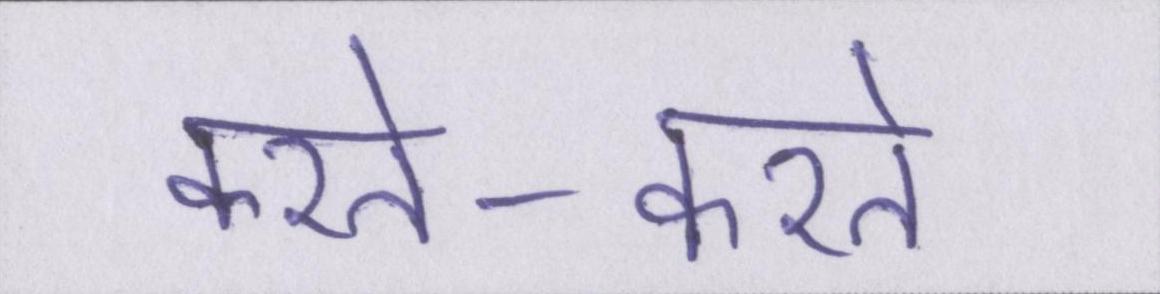
करते-करते